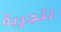
لتجربة